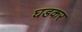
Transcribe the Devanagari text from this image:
घडकर